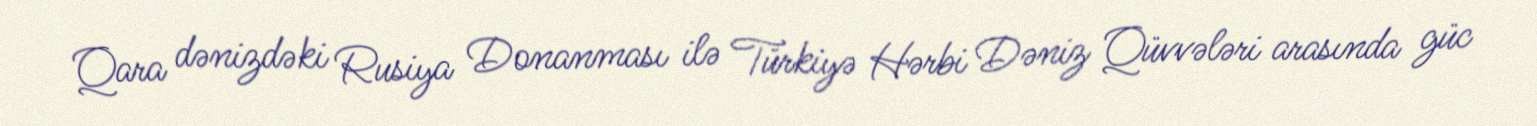
Qara dənizdəki Rusiya Donanması ilə Türkiyə Hərbi Dəniz Qüvvələri arasında güc